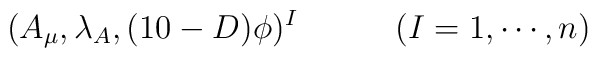
(A_\mu,\lambda_A,(10 -D)\phi)^I \qquad \quad (I=1,\cdots,n)